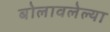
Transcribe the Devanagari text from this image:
बोलावलेल्या